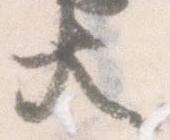
大